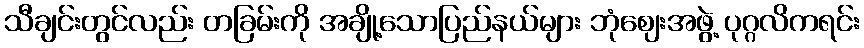
သီချင်းတွင်လည်း တခြမ်းကို အချို့သောပြည်နယ်များ ဘုံဈေးအဖွဲ့ ပုဂ္ဂလိကရင်း